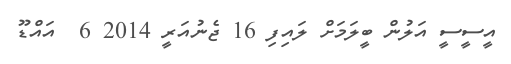
އީސީސީ އަލުން ބީލަމަށް ލައިފި 16 ޖެނުއަރީ 2014 6  އައްޑޫ